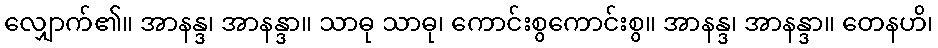
လျှောက်၏။ အာနန္ဒ၊ အာနန္ဒာ။ သာဓု သာဓု၊ ကောင်းစွကောင်းစွ။ အာနန္ဒ၊ အာနန္ဒာ။ တေနဟိ၊